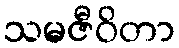
သမဇီဝိတာ